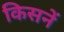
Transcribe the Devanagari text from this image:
किसनें